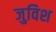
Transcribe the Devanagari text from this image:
जुविश